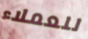
للعملاء